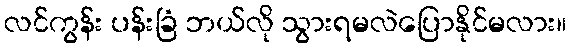
လင်ကွန်း ပန်းခြံ ဘယ်လို သွားရမလဲပြောနိုင်မလား။